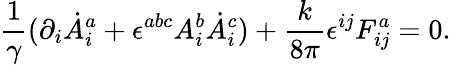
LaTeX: \frac{1}{\gamma}(\partial_{i}\dot{A}_{i}^{a}+\epsilon^{abc}A_{i}^{b}\dot{A}_{i}^{c})+\frac{k}{8\pi}\epsilon^{ij}F_{ij}^{a}=0.